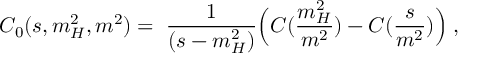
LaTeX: C _ { 0 } ( s , m _ { H } ^ { 2 } , m ^ { 2 } ) = \; \frac { 1 } { ( s - m _ { H } ^ { 2 } ) } \Bigl ( C ( \frac { m _ { H } ^ { 2 } } { m ^ { 2 } } ) - C ( \frac { s } { m ^ { 2 } } ) \Bigr ) \; ,